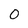
Character: 0